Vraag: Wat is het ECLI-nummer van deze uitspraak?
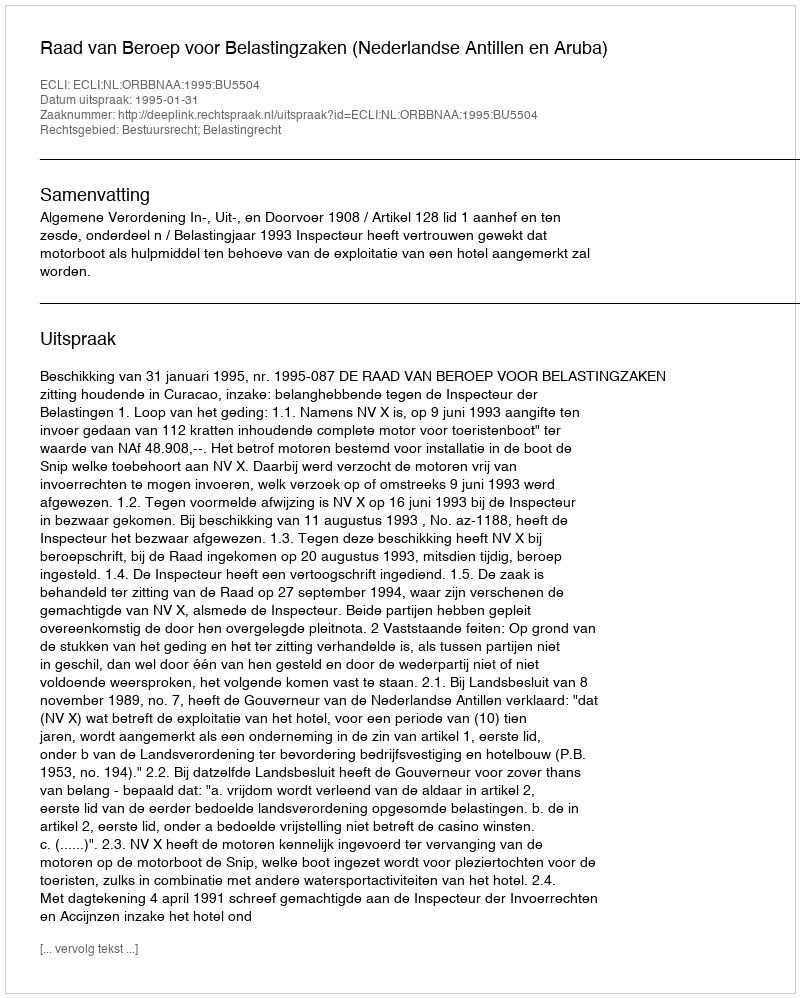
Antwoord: ECLI:NL:ORBBNAA:1995:BU5504